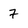
Character: 7